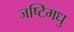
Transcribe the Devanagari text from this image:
जष्टिमधु